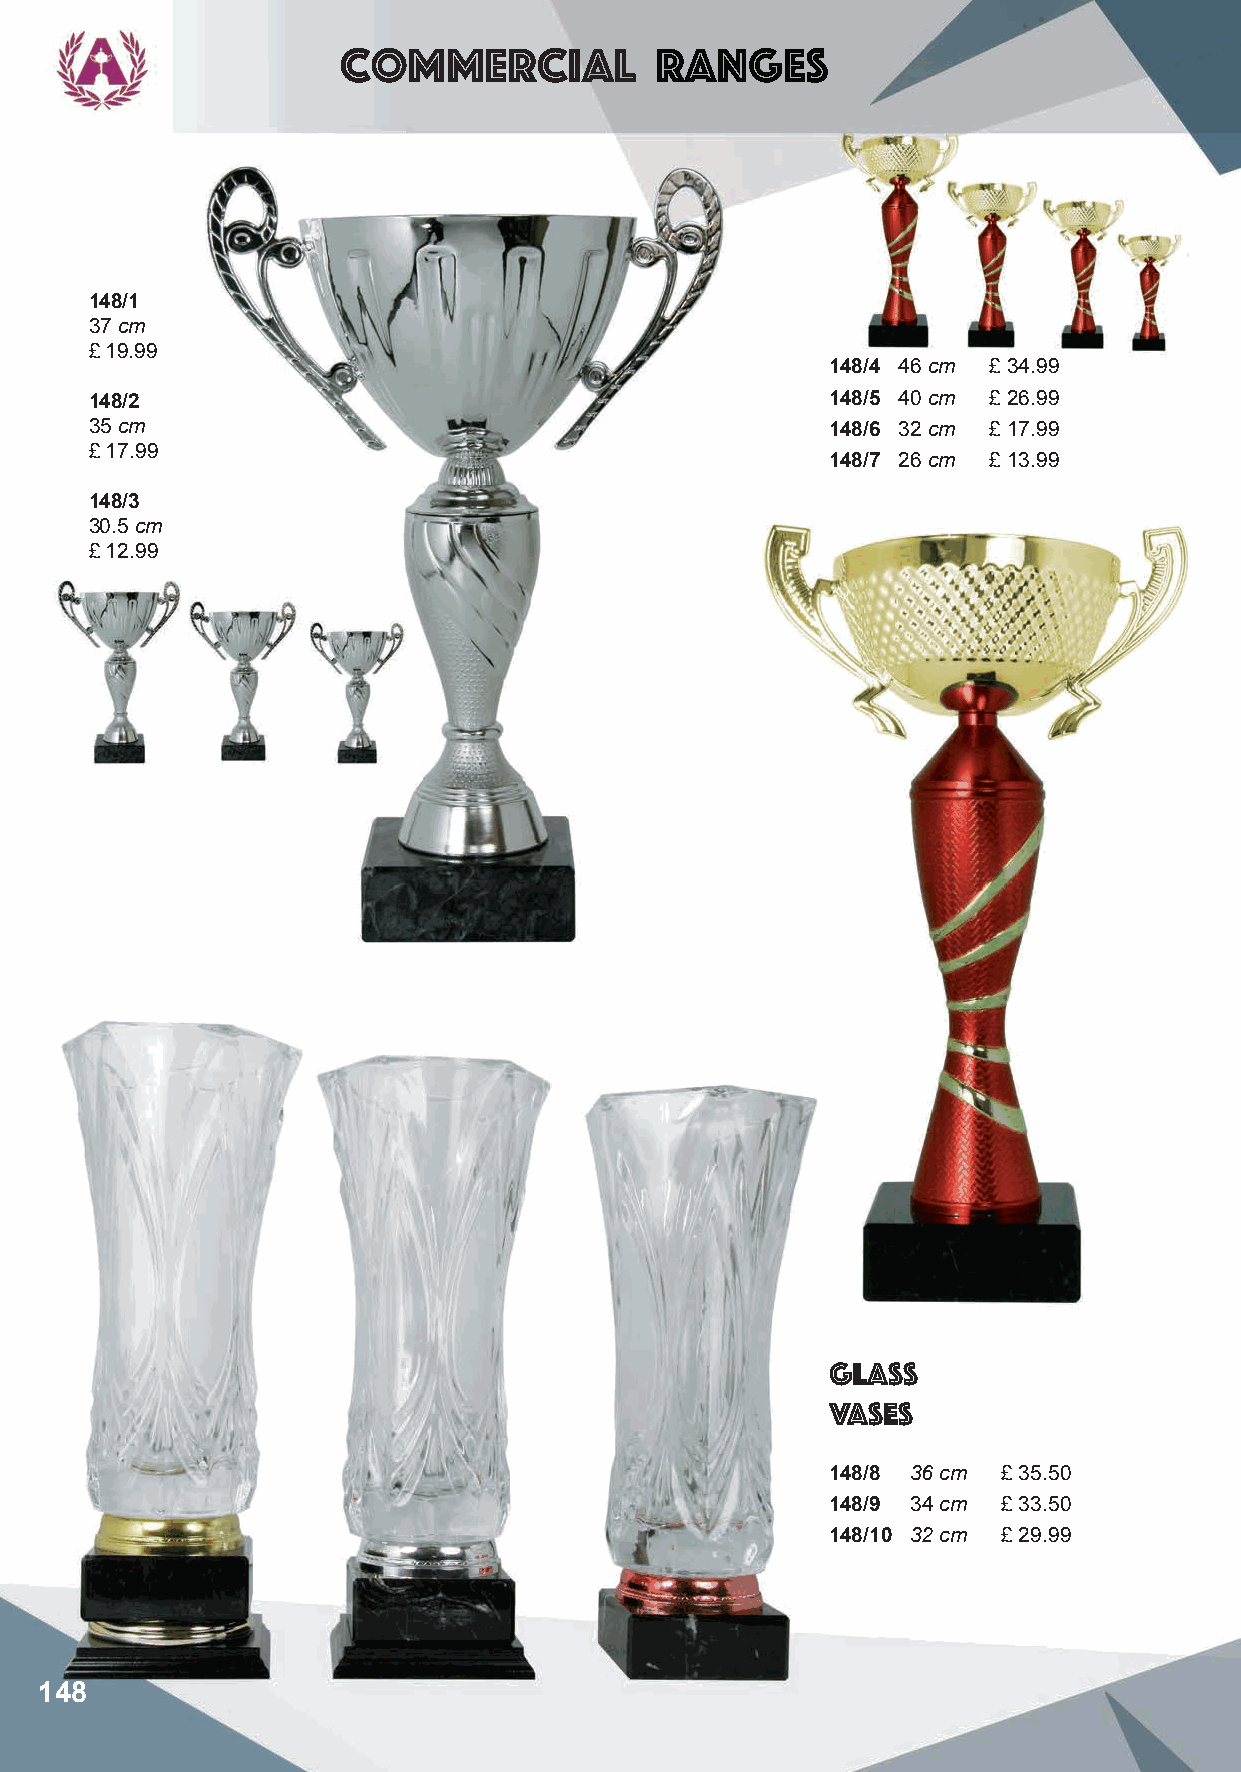
Commercial           Ranges
 148/1
 37 cm
 £ 19.99
 148/4 46 cm £ 34.99
 148/2                                            148/5 40 cm £ 26.99
 35 cm                                            148/6 32 cm £ 17.99
 £ 17.99
 148/7 26 cm £ 13.99
 148/3
 30.5 cm
 £ 12.99
 glass
 vases
 148/8 36 cm £ 35.50
 148/9 34 cm £ 33.50
 148/10 32 cm £ 29.99
 148